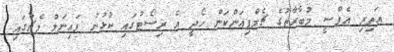
އަތިރި އެފްސީ މުބާރާތުގެ ޗެމްޕިއަންކަން ހޯދީ އެ ރިސޯޓުގައި ކުޅުނު ފައިނަލް މެޗުގައި